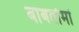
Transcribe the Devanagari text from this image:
बाबतोमां